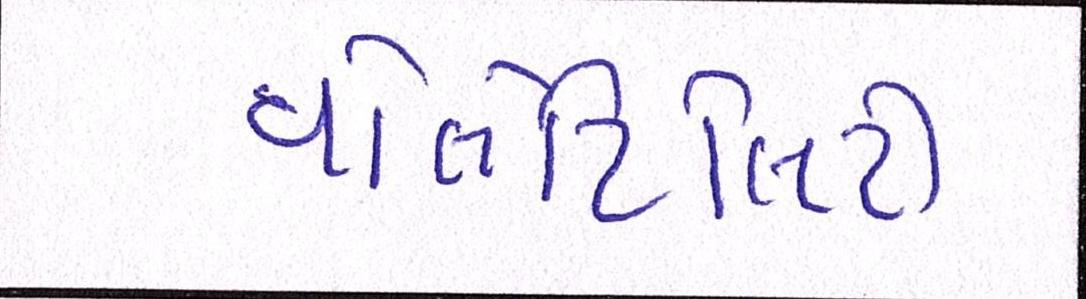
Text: વોલેટિલિટી